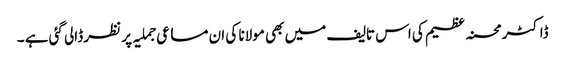
ڈاکٹر محسنہ عظیم کی اس تالیف میں بھی مولانا کی ان مساعی جملیہ پر نظر ڈالی گئی ہے ۔